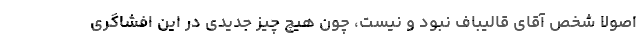
اصولاً شخص آقای قالیباف نبود و نیست، چون هیچ چیز جدیدی در این افشاگری